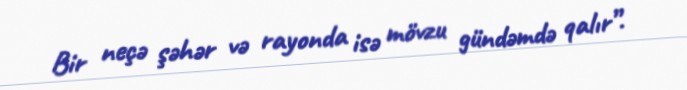
Bir neçə şəhər və rayonda isə mövzu gündəmdə qalır”.